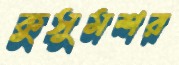
কুসুমশর